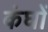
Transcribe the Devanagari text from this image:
कंघों